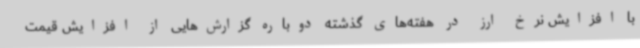
با افزایش نرخ ارز در هفته‌های گذشته دوباره گزارش‌هایی از افزایش قیمت